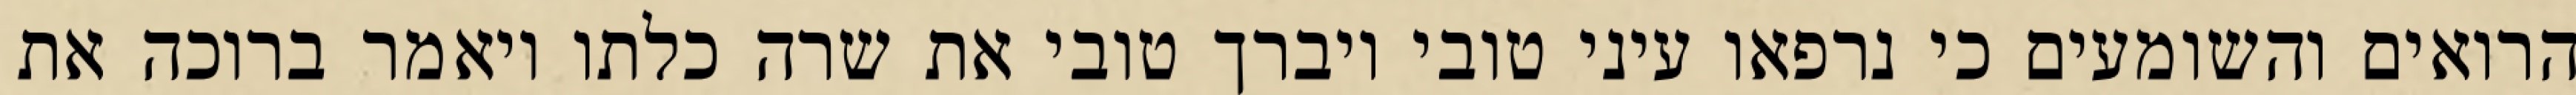
הרואים והשומעים כי נרפאו עיני טובי ויברך טובי את שרה כלתו ויאמר ברוכה את